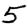
Digit: 5